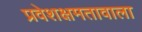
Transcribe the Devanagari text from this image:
प्रवेशक्षमतावाला